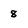
Character: 8